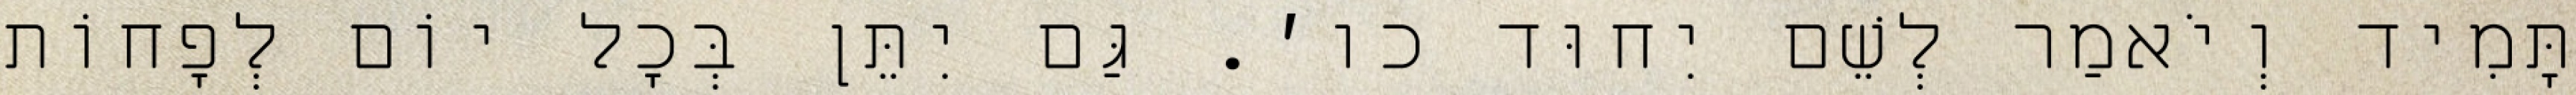
תָּמִיד וְיֹאמַר לְשֵׁם יִחוּד כו׳. גַּם יִתֵּן בְּכׇל יוֹם לְפָחוֹת